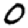
Digit: 0